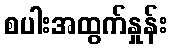
စပါးအထွက်နှုန်း